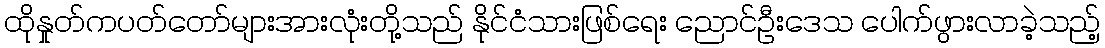
ထိုနှုတ်ကပတ်တော်များအားလုံးတို့သည် နိုင်ငံသားဖြစ်ရေး ညောင်ဦးဒေသ ပေါက်ဖွားလာခဲ့သည့်